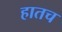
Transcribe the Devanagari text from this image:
हातच